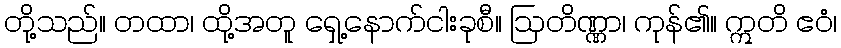
တို့သည်။ တထာ၊ ထို့အတူ ရှေ့နောက်ငါးခုစီ။ ဩတိဏ္ဏာ၊ ကုန်၏။ ဣတိ ဧဝံ၊